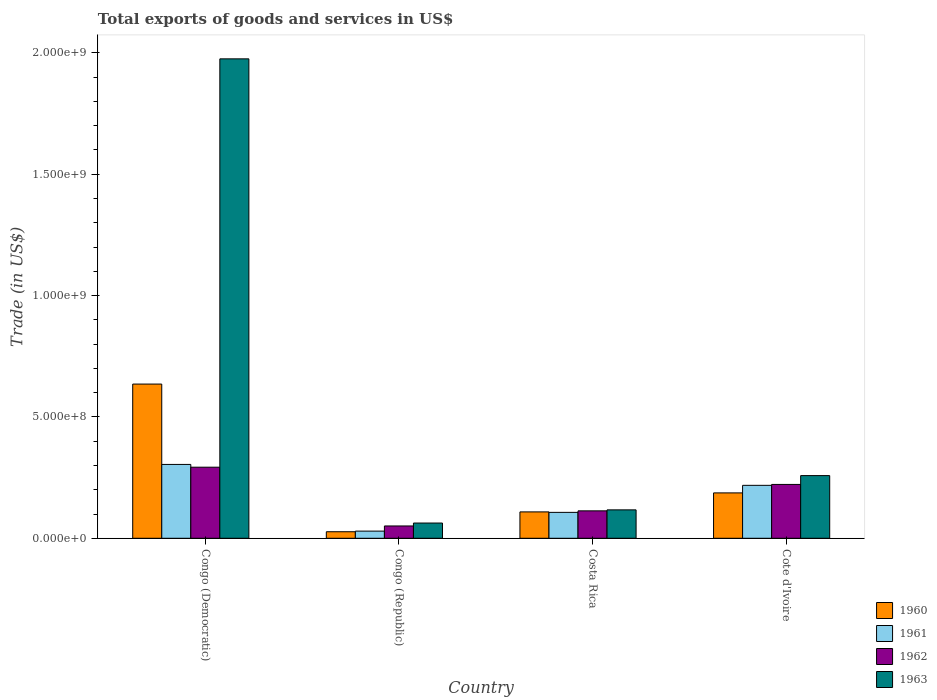
| Country | 1960 | 1961 | 1962 | 1963 |
 | --- | --- | --- | --- | --- |
 | Congo (Democratic) | 6.35e+08 | 3.04e+08 | 2.93e+08 | 1.98e+09 |
 | Congo (Republic) | 2.69e+07 | 2.95e+07 | 5.08e+07 | 6.28e+07 |
 | Costa Rica | 1.09e+08 | 1.07e+08 | 1.13e+08 | 1.17e+08 |
 | Cote d'Ivoire | 1.87e+08 | 2.18e+08 | 2.22e+08 | 2.58e+08 |